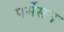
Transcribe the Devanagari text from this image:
पर्मेसन